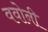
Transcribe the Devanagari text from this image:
ववोनी